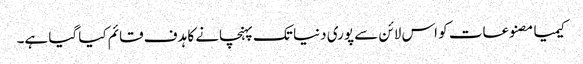
کیمیا مصنوعات کو اس لائن سے پوری دنیا تک پہنچانے کا ہدف قائم کیا گیا ہے۔